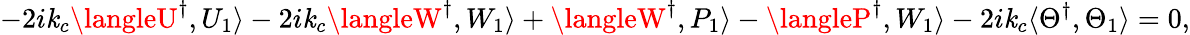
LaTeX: -2i\mathit{k}_{c}\langleU^{\dagger},U_{1}\rangle-2i\mathit{k}_{c}\langleW^{\dagger},W_{1}\rangle+\langleW^{\dagger},P_{1}\rangle-\langleP^{\dagger},W_{1}\rangle-2i\mathit{k}_{c}\langle\Theta^{\dagger},\Theta_{1}\rangle=0,